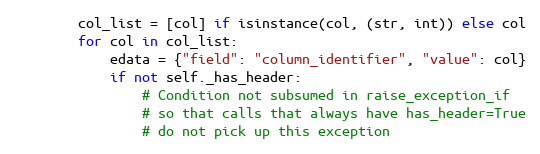
Language: Python
        col_list = [col] if isinstance(col, (str, int)) else col
        for col in col_list:
            edata = {"field": "column_identifier", "value": col}
            if not self._has_header:
                # Condition not subsumed in raise_exception_if
                # so that calls that always have has_header=True
                # do not pick up this exception